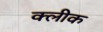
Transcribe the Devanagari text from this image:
क्लीक